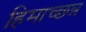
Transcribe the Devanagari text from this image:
हिमाच्छन्न